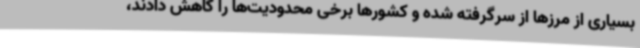
بسیاری از مرزها از سرگرفته شده و کشورها برخی محدودیت‌ها را کاهش دادند،